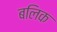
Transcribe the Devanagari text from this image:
बलिक